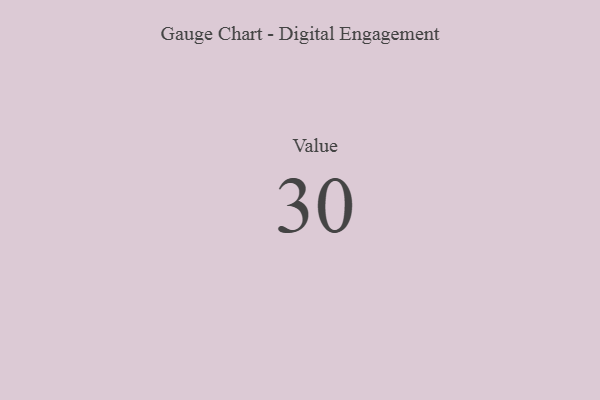
{"axis": {"x": "Metric", "y": "Value"}, "legend": [""], "data": [{"x": "Value", "y": 30, "type": ""}]}